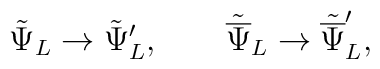
{\tilde\Psi}_L \rightarrow {\tilde\Psi}'_L, \qquad{\tilde{\overline\Psi}}_L \rightarrow {\tilde{\overline\Psi}}'_L ,